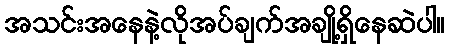
အသင်းအနေနဲ့လိုအပ်ချက်အချို့ရှိနေဆဲပါ။